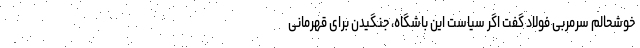
خوشحالم سرمربی فولاد گفت اگر سیاست این باشگاه، جنگیدن برای قهرمانی